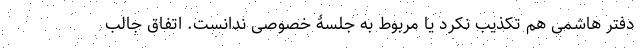
دفتر هاشمی هم تکذیب نکرد یا مربوط به جلسۀ خصوصی ندانست. اتفاق جالب